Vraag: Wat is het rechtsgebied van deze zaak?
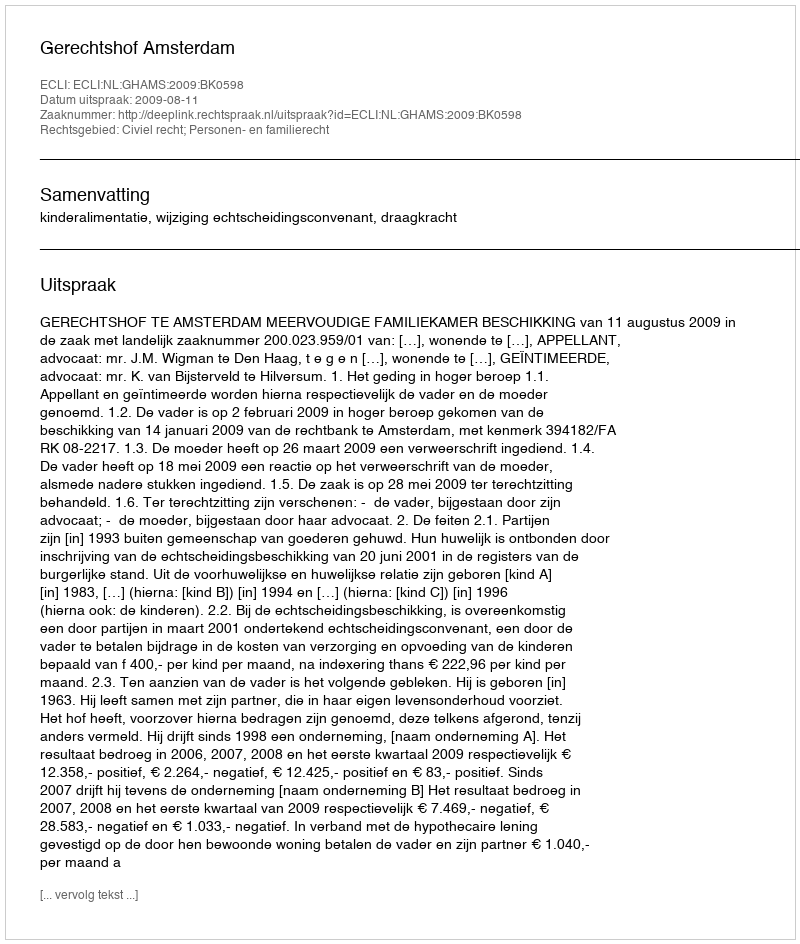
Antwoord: Civiel recht; Personen- en familierecht